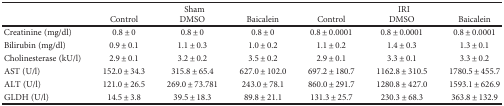
<table><thead><tr><td rowspan="2"></td><td colspan="3"><b>Sham</b></td><td colspan="3"><b>IRI</b></td></tr><tr><td><b>Control</b></td><td><b>DMSO</b></td><td><b>Baicalein</b></td><td><b>Control</b></td><td><b>DMSO</b></td><td><b>Baicalein</b></td></tr></thead><tbody><tr><td>Creatinine (mg/dl)</td><td>0.8 ± 0</td><td>0.8 ± 0</td><td>0.8 ± 0</td><td>0.8 ± 0.0001</td><td>0.8 ± 0.0001</td><td>0.8 ± 0.0001</td></tr><tr><td>Bilirubin (mg/dl)</td><td>0.9 ± 0.1</td><td>1.1 ± 0.3</td><td>1.0 ± 0.2</td><td>1.1 ± 0.2</td><td>1.4 ± 0.3</td><td>1.3 ± 0.1</td></tr><tr><td>Cholinesterase (kU/l)</td><td>2.9 ± 0.1</td><td>3.2 ± 0.2</td><td>3.5 ± 0.2</td><td>2.9 ± 0.1</td><td>3.3 ± 0.1</td><td>3.3 ± 0.2</td></tr><tr><td>AST (U/l)</td><td>152.0 ± 34.3</td><td>315.8 ± 65.4</td><td>627.0 ± 102.0</td><td>697.2 ± 180.7</td><td>1162.8 ± 310.5</td><td>1780.5 ± 455.7</td></tr><tr><td>ALT (U/l)</td><td>121.0 ± 26.5</td><td>269.0 ± 73.781</td><td>243.0 ± 78.1</td><td>860.0 ± 291.7</td><td>1280.8 ± 427.0</td><td>1593.1 ± 626.9</td></tr><tr><td>GLDH (U/l)</td><td>14.5 ± 3.8</td><td>39.5 ± 18.3</td><td>89.8 ± 21.1</td><td>131.3 ± 25.7</td><td>230.3 ± 68.3</td><td>363.8 ± 132.9</td></tr></tbody></table>